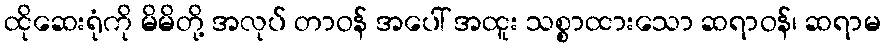
ထိုဆေးရုံကို မိမိတို့ အလုပ် တာဝန် အပေါ် အထူး သစ္စာထားသော ဆရာဝန်၊ ဆရာမ